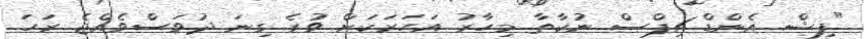
"ފިޝް އެންޑް ޗިޕްސް ނުކާތާ މިހާރު އަހަރަކަށް ވުރެ ގިނަ ދުވަސްވެއްޖެ ރަހަ